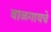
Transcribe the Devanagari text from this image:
बाळगायचे